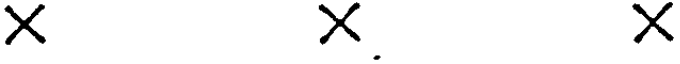
X X. X